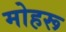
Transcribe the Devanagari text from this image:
मोहरू